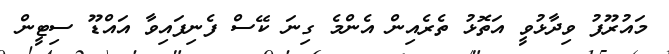
މައުރޫފު ވިދާޅުވީ އަތޮޅު ތެރެއިން އެންމެ ގިނަ ކޭސް ފެނިފައިވާ އައްޑޫ ސިޓީން